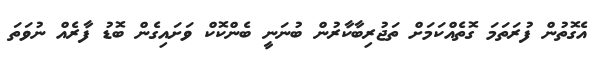
އެގޮތުން ފުރަތަމަ ގޮތެއްކަމަށް ތަޖުރިބާކާރުން ބުނަނީ ބެންކޮކް ވަށައިގެން ބޮޑު ފާރެއް ނުވަތަ